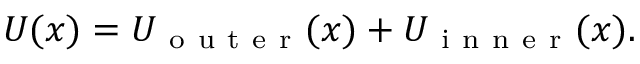
U ( x ) = U _ { \mathrm { ~ o ~ u ~ t ~ e ~ r ~ } } ( x ) + U _ { \mathrm { ~ i ~ n ~ n ~ e ~ r ~ } } ( x ) .